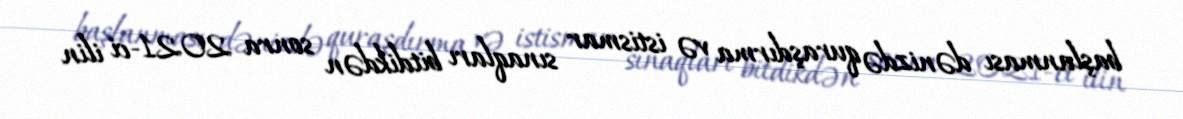
başlanması dənizdə quraşdırma və istismar sınaqları bitdikdən sonra 2021-ci ilin